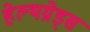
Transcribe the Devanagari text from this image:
हेल्थग्रेड्स